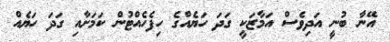
އޭނާ ބުނީ އަދިވެސް އަމާޒަކީ ގަދަ ހަޔެއްގެ ހިފެހެއްޓުން ކަމަށާއި ގަދަ ހަޔެއް